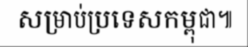
សម្រាប់ប្រទេសកម្ពុជា៕